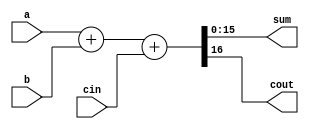
module add16 ( input[15:0] a, input[15:0] b, input cin, output[15:0] sum, output cout );
	assign {cout,sum} = a + b + cin;
endmodule
module top_module(
    input [31:0] a,
    input [31:0] b,
    input sub,
    output [31:0] sum
);
    wire[15:0] hi16, lo16;
    wire hic, loc;
    
    wire[31:0] tb = sub ? ~b : b;
    
    add16 add_lo(
        .a(a[15:0]), .b(tb[15:0]), .cin(sub),
        .sum(lo16), .cout(loc));
    
    add16 add_hi(
        .a(a[31:16]), .b(tb[31:16]), .cin(loc),
        .sum(hi16), .cout(hic));
    
    assign sum = {hi16, lo16};
endmodule